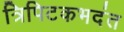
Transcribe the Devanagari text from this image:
त्रिपिटकभदंत